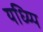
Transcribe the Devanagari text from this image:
यध्य्पि